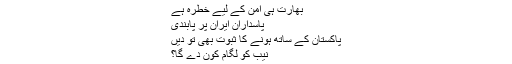
بھارت ہی امن کے لیے خطرہ ہے
پاسداران ایران پر پابندی
پاکستان کے ساتھ ہونے کا ثبوت بھی تو دیں
نیب کو لگام کون دے گا؟